NAE_ERA_R-1765_ENSV_Kirjanike_Liit_1945-1955, lk 32
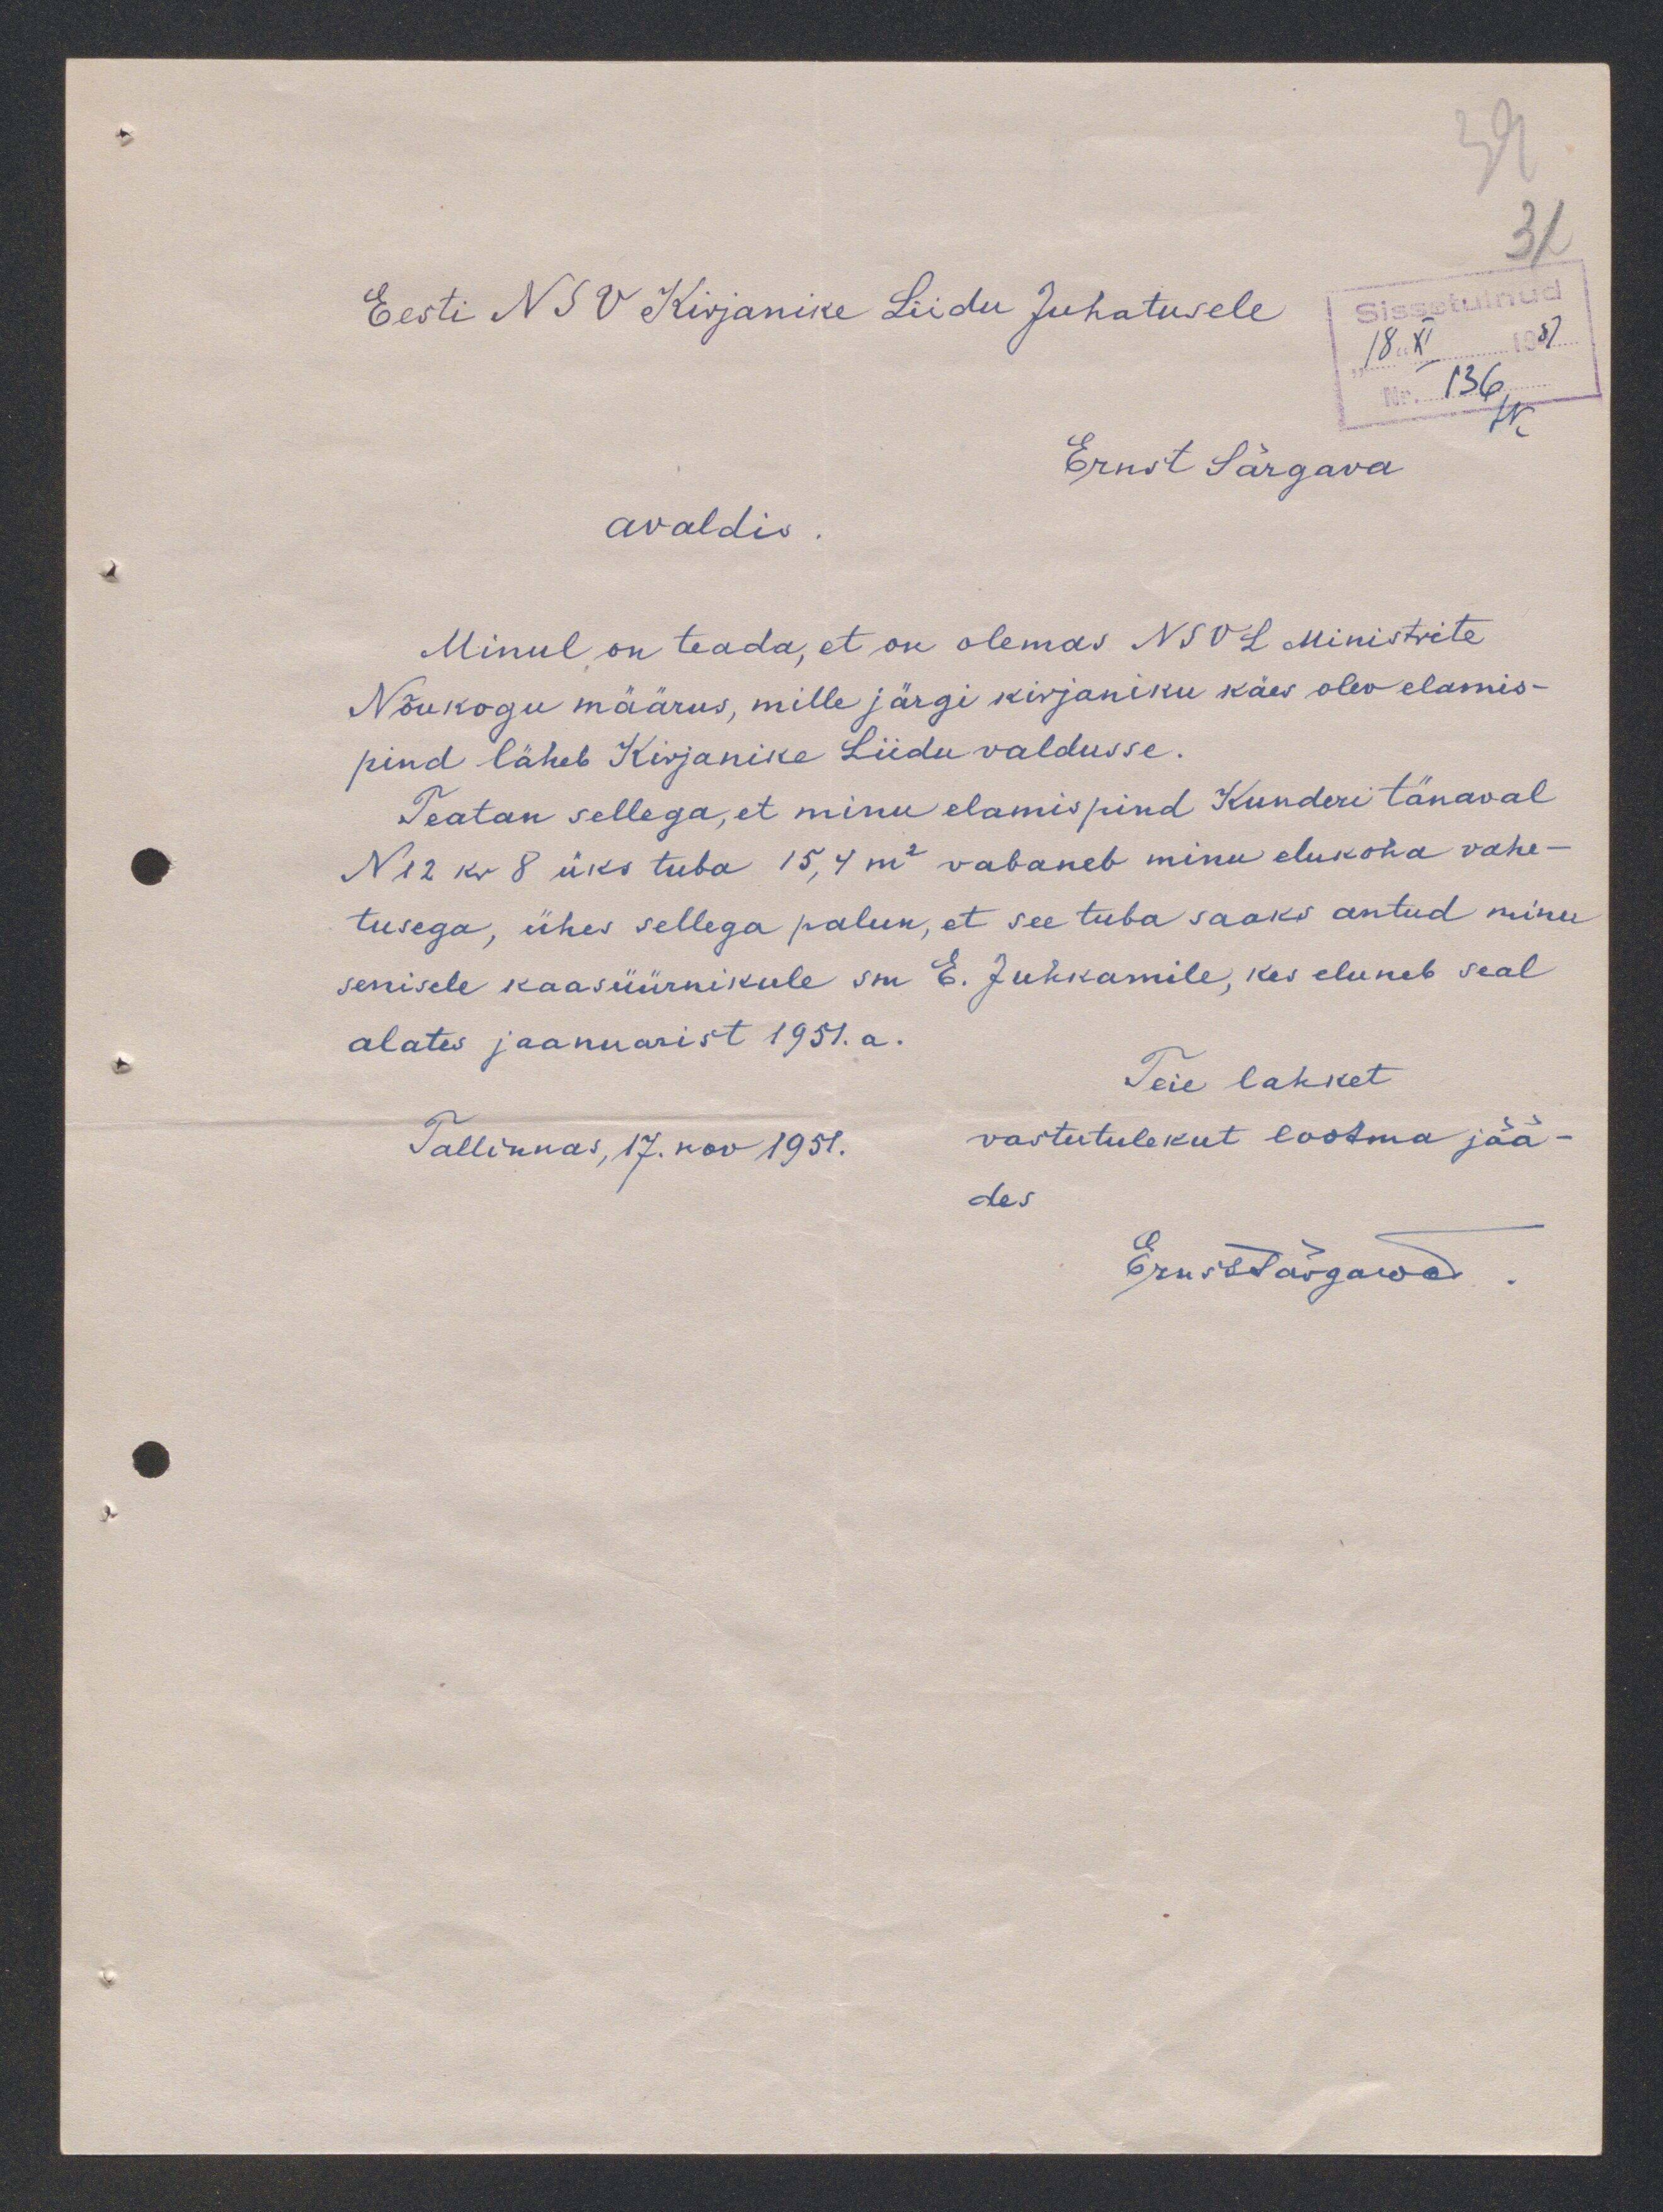
31
Eesti NSV Kirjanike Liidu Juhatusele
Ernst Särgava
avaldis
Minul on teada, et on olemas NSVL Ministrite
Nõukogu määrus, mille järgi kirjaniku käes olev elamis-
pind läheb Kirjanike Liidu valdusse.
Teatan sellega, et minu elamispind Kunderi tänaval
N12 kr 8 üks tuba 15,4 m2 vabaneb minu elukoha vahe-
tusega, ühes sellega palun, et see tuba saaks antud minu
senisele kaasüürnikule sm. E. Juhkamile, kes eluneb seal
alates jaanuarist 1951.a.
Teie lahket
vastutulekut lootma jää
Tallinnas, 17. nov 1951.
des
ErnstSärgawa